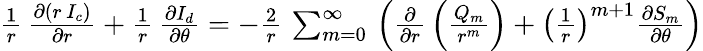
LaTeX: \begin{array}{r}{{\frac{1}{r}}\, {\frac{\partial(r\, I_{c})}{\partial r}}+{\frac{1}{r}}\, {\frac{\partial I_{d}}{\partial\theta}}=-{\frac{2}{r}}\, \sum_{m=0}^{\infty}\, \left({\frac{\partial}{\partial r}}\left(\frac{Q_{m}}{r^{m}}\right)+\left({\frac{1}{r}}\right)^{m+1}{\frac{\partial S_{m}}{\partial\theta}}\right)}\end{array}